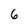
Character: 6